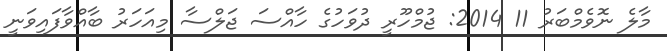
މާލެ ނޮވެމްބަރު 11 2014: ޖުމްހޫރީ ދުވަހުގެ ހާއްސަ ޖަލްސާ މިއަހަރު ބާއްވާފައިވަނީ